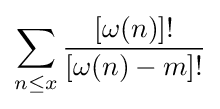
\sum _{n\leq x}{\frac {\left[\omega (n)\right]!}{\left[\omega (n)-m\right]!}}